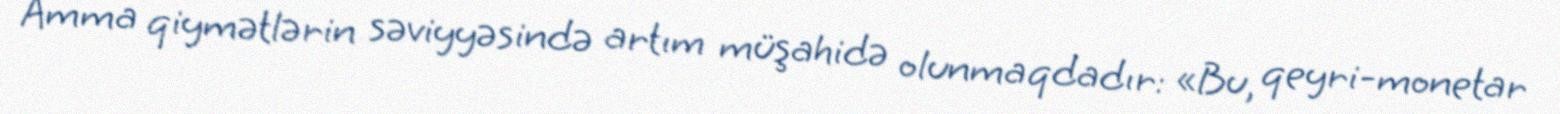
Amma qiymətlərin səviyyəsində artım müşahidə olunmaqdadır: «Bu, qeyri-monetar